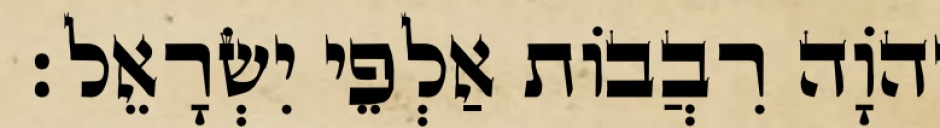
יְהֹוָה רִבֲבוֹת אַלְפֵי יִשְׂרָאֵל׃